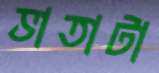
ভাতাটা